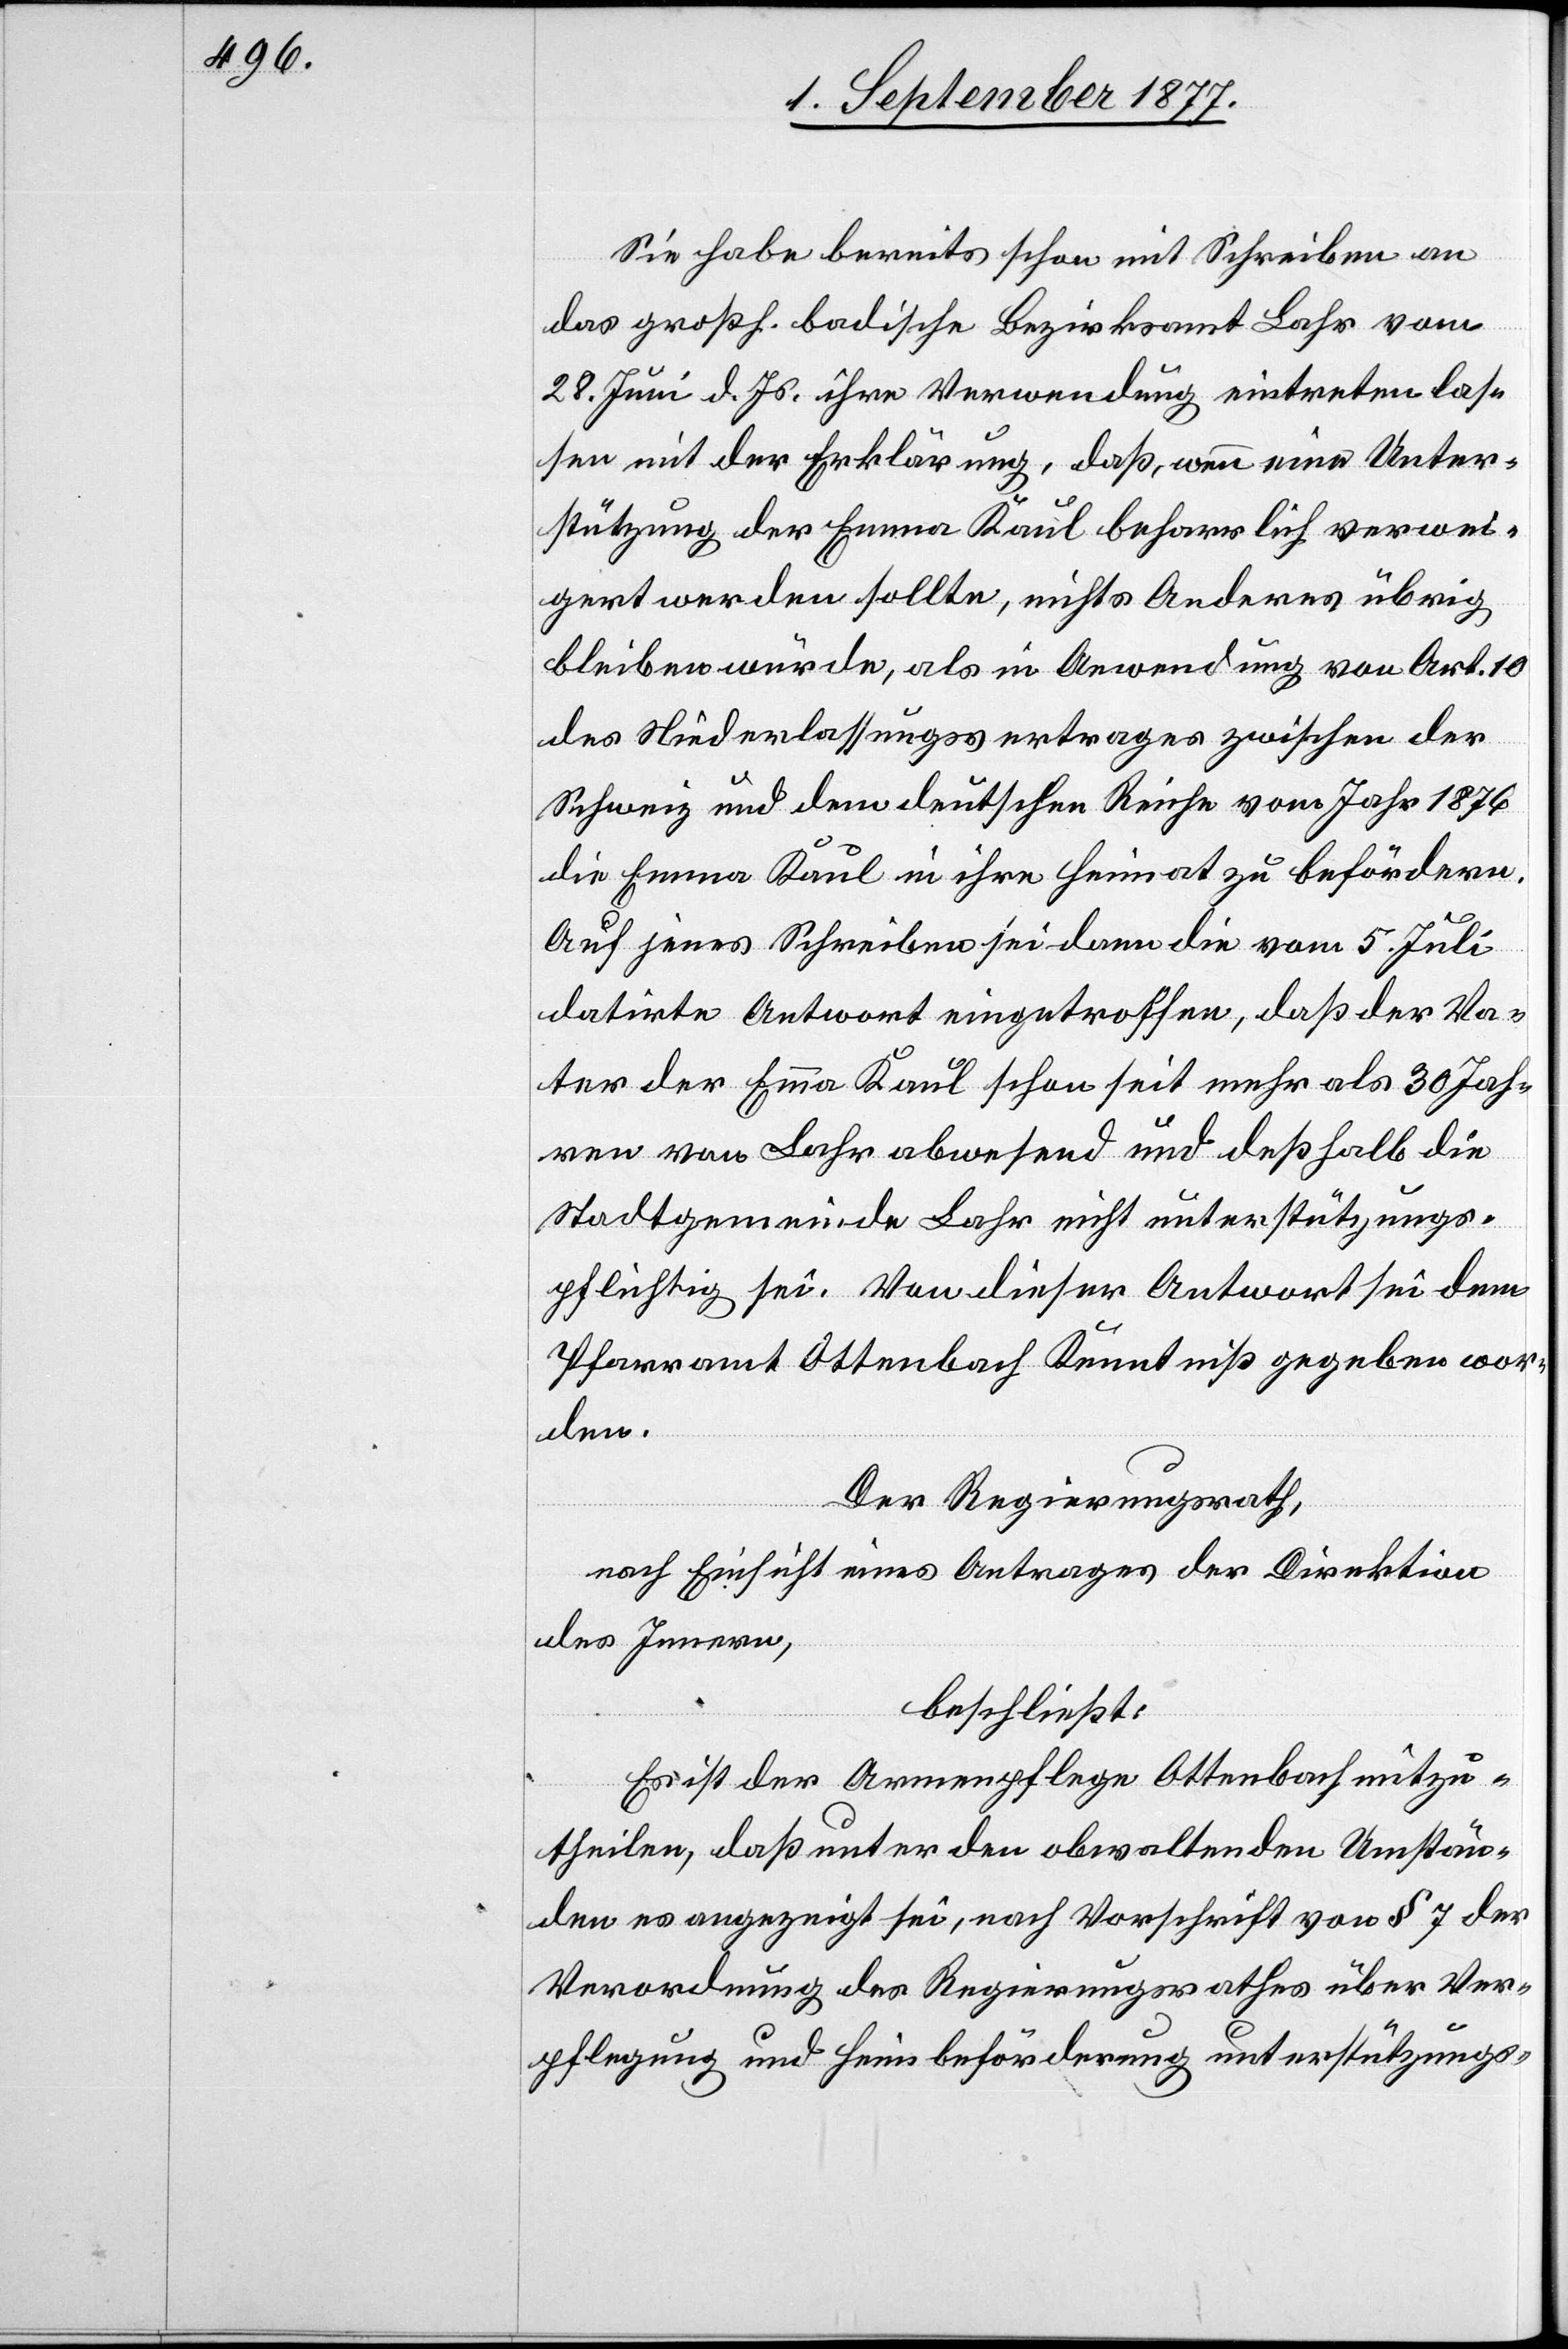
Sie habe bereits schon mit Schreiben an
das großh. badische Bezirksamt Lahr vom
28. Juni d. Js. ihre Verwendung eintreten las¬
sen mit der Erklärung, daß, wenn eine Unter¬
stützung der Emma Kaul beharrlich verwei¬
gert werden sollte, nichts Anderes übrig
bleiben würde, als in Anwendung von Art. 10
des Niederlassungsvertrages zwischen der
Schweiz und dem deutschen Reiche vom Jahr 1876
die Emma Kaul in ihre Heimat zu befördern.
Auf jenes Schreiben sei dann die vom 5. Juli
datirte Antwort eingetroffen, daß der Va¬
ter der Emma Kaul schon seit mehr als 30 Jah¬
ren von Lahr abwesend und deßhalb die
Stadtgemeinde Lahr nicht unterstützungs¬
pflichtig sei. Von dieser Antwort sei dem
Pfarramt Ottenbach Kenntniß gegeben wor¬
den.
Der Regierungsrath,
nach Einsicht eines Antrages der Direktion
des Innern,
beschließt:
Es ist der Armenpflege Ottenbach mitzu¬
theilen, daß unter den obwaltenden Umstän¬
den es angezeigt sei, nach Vorschrift von § 7 der
Verordnung des Regierungsrathes über Ver¬
pflegung und Heimbeförderung unterstützungs-